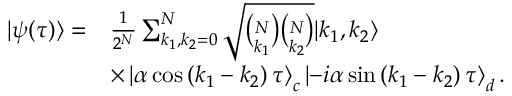
\begin{array} { r l } { | \psi ( \tau ) \rangle = } & { \frac { 1 } { 2 ^ { N } } \sum _ { k _ { 1 } , k _ { 2 } = 0 } ^ { N } \sqrt { \binom { N } { k _ { 1 } } \binom { N } { k _ { 2 } } } | k _ { 1 } , k _ { 2 } \rangle } \\ & { \times \left| \alpha \cos \left( k _ { 1 } - k _ { 2 } \right) \tau \right\rangle _ { c } \left| - i \alpha \sin \left( k _ { 1 } - k _ { 2 } \right) \tau \right\rangle _ { d } . } \end{array}